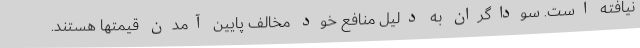
نیافته است. سوداگران به دلیل منافع خود مخالف پایین آمدن قیمتها هستند.